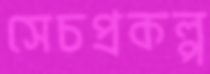
সেচপ্রকল্প